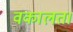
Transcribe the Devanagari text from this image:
वकालत।